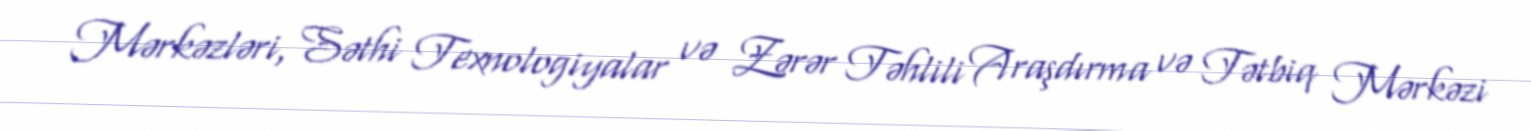
Mərkəzləri, Səthi Texnologiyalar və Zərər Təhlili Araşdırma və Tətbiq Mərkəzi